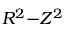
R ^ { 2 } { - } Z ^ { 2 }